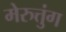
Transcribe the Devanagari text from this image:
मेरुत्तुंग